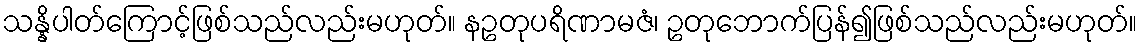
သန္နိပါတ်ကြောင့်ဖြစ်သည်လည်းမဟုတ်။ နဥတုပရိဏာမဇံ၊ ဥတုဘောက်ပြန်၍ဖြစ်သည်လည်းမဟုတ်။